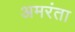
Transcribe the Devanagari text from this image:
अमरंता